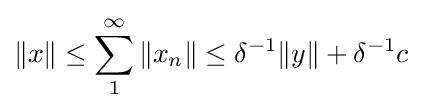
\|x\|\leq \sum _{1}^{\infty }\|x_{n}\|\leq \delta ^{-1}\|y\|+\delta ^{-1}c